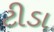
ટીડા